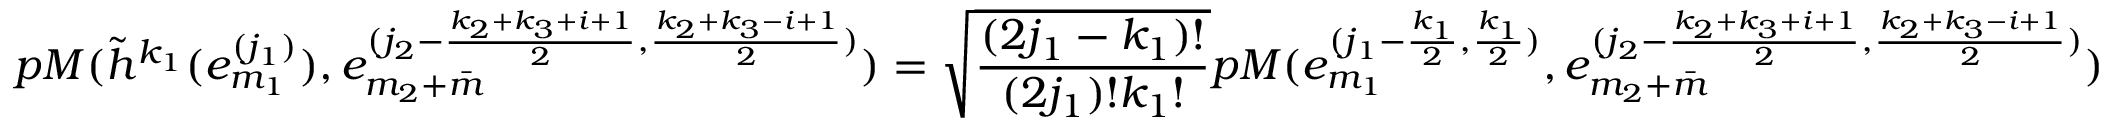
p M ( \tilde { h } ^ { k _ { 1 } } ( e _ { m _ { 1 } } ^ { ( j _ { 1 } ) } ) , e _ { m _ { 2 } + \bar { m } } ^ { ( j _ { 2 } - \frac { k _ { 2 } + k _ { 3 } + i + 1 } { 2 } , \frac { k _ { 2 } + k _ { 3 } - i + 1 } { 2 } ) } ) = \sqrt { \frac { ( 2 j _ { 1 } - k _ { 1 } ) ! } { ( 2 j _ { 1 } ) ! k _ { 1 } ! } } p M ( e _ { m _ { 1 } } ^ { ( j _ { 1 } - \frac { k _ { 1 } } { 2 } , \frac { k _ { 1 } } { 2 } ) } , e _ { m _ { 2 } + \bar { m } } ^ { ( j _ { 2 } - \frac { k _ { 2 } + k _ { 3 } + i + 1 } { 2 } , \frac { k _ { 2 } + k _ { 3 } - i + 1 } { 2 } ) } )